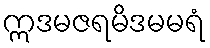
ဣဒမဇရမိဒမမရံ